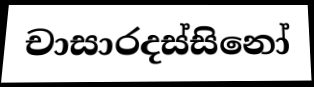
චාසාරදස්සිනෝ